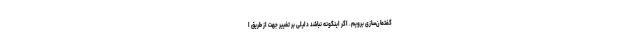
گفتمان‌سازی برویم. اگر اینگونه نباشد دلیلی بر تغییر جهت از طریق ا